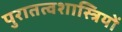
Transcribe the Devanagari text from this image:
पुरातत्‍वशास्त्रियों